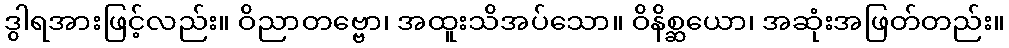
ဒွါရအားဖြင့်လည်း။ ဝိညာတဗ္ဗော၊ အထူးသိအပ်သော။ ဝိနိစ္ဆယော၊ အဆုံးအဖြတ်တည်း။